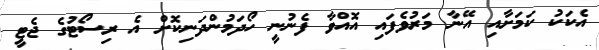
އެކަކު ކަމަށާއި އޭނާ މަރުވެފައި އޮއްވާ ފެނުނީ ހޯދަމުންދަނިކޮށް އެ ރިސޯޓުގެ ޖެޓީ